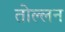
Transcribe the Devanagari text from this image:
तोल्लन